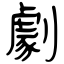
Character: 劇